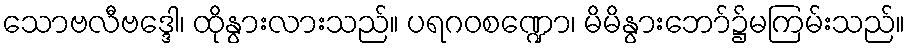
သောဗလီဗဒ္ဒေါ၊ ထိုနွားလားသည်။ ပရဂဝစဏ္ဍော၊ မိမိနွားဘော်၌မကြမ်းသည်။